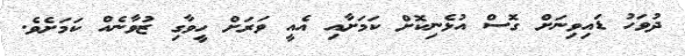
ދުވަހު ޑައިވިނަށް ގޮސް އުޅެނިކޮށް ކަމަށާއި އެއީ ވަރަށް ހީވާގި ޒުވާނެއް ކަމަށެވެ.